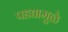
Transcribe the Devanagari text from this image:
पडद्यामुळे